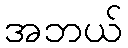
အဘယ်